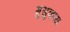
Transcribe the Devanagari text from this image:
मुसुकाय